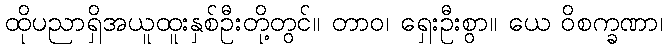
ထိုပညာရှိအယူထူးနှစ်ဦးတို့တွင်။ တာဝ၊ ရှေးဦးစွာ။ ယေ ဝိစက္ခဏာ၊